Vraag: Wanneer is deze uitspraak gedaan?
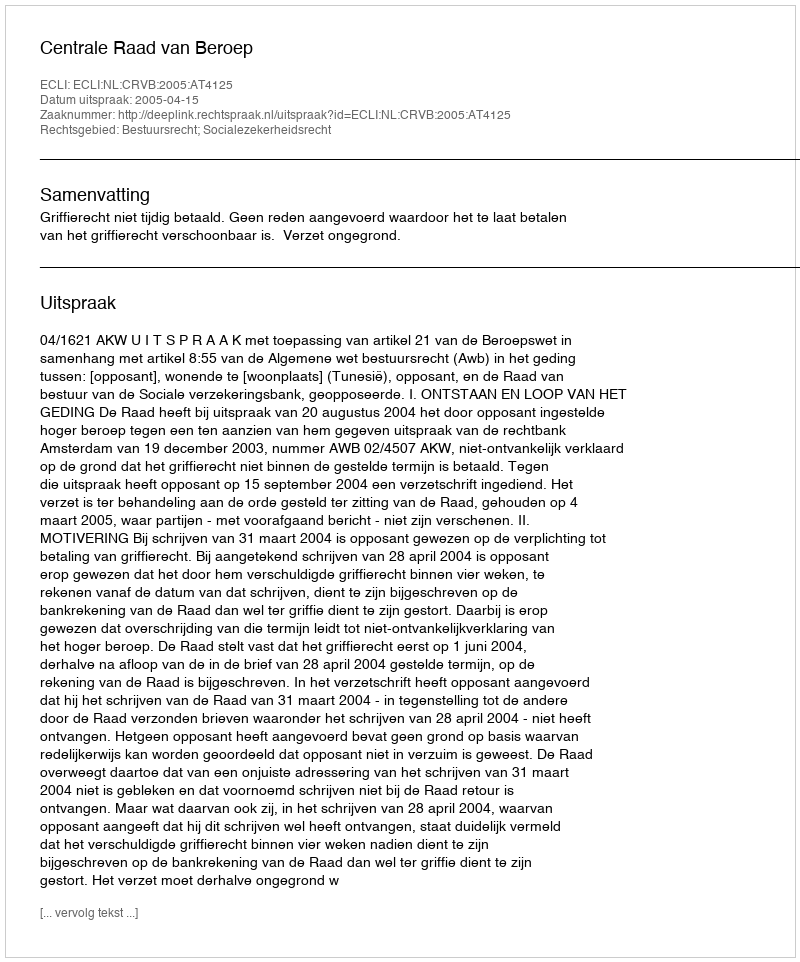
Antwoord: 2005-04-15